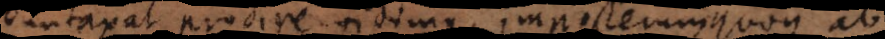
duntaxat prodire vidimus, imposterum quoq